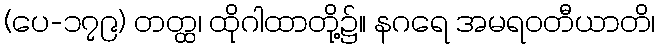
(ပေ-၁၇၉) တတ္ထ၊ ထိုဂါထာတို့၌။ နဂရေ အမရဝတီယာတိ၊